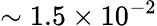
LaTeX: \sim 1.5\times 10^{-2}